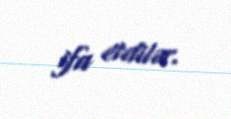
ifa etdilər.